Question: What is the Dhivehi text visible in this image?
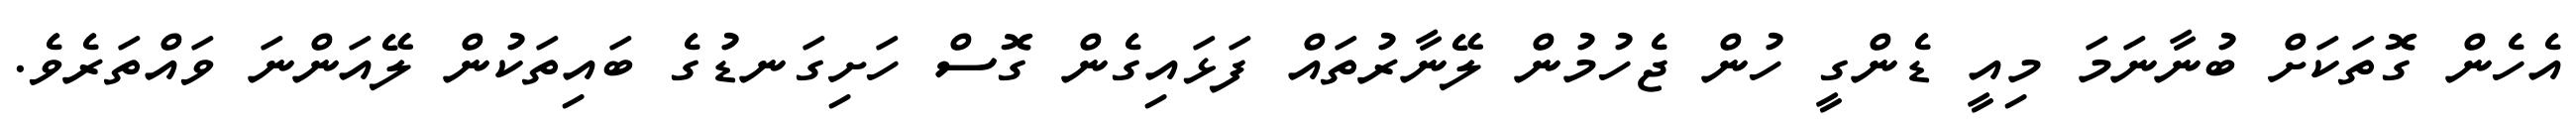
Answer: އެހެން ގޮތަކަށް ބުނާނަމަ މިއީ ޑެންގީ ހުން ޖެހުމުން ލޭނާރުތައް ފަޅައިގެން ގޮސް ހަށިގަނޑުގެ ބައިތަކުން ލޭއަންނަ ވައްތަރެވެ.